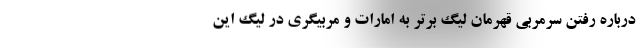
درباره رفتن سرمربی قهرمان لیگ برتر به امارات و مربیگری در لیگ این